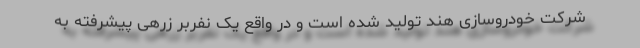
شرکت خودروسازی هند تولید شده است و در واقع یک نفربر زرهی پیشرفته به